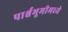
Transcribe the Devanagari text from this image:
पार्श्वभूमीमध्ये